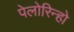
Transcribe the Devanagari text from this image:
पेलोरिन्हो